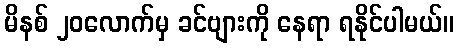
မိနစ် ၂၀လောက်မှ ခင်ဗျားကို နေရာ ရနိုင်ပါမယ်။